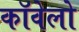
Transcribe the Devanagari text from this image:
कॉवेलो